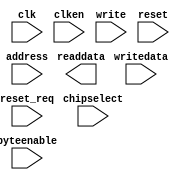
module ocm2 (
		input  wire        clk,        //   clk1.clk
		input  wire [2:0]  address,    //     s1.address
		input  wire        clken,      //       .clken
		input  wire        chipselect, //       .chipselect
		input  wire        write,      //       .write
		output wire [31:0] readdata,   //       .readdata
		input  wire [31:0] writedata,  //       .writedata
		input  wire [3:0]  byteenable, //       .byteenable
		input  wire        reset,      // reset1.reset
		input  wire        reset_req   //       .reset_req
	);
endmodule